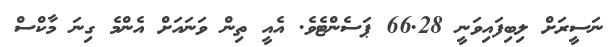
ނަސީރަށް ލިބިފައިވަނީ 66.28 ޕަސެންޓެވެ. އެއީ ތިން ވަނައަށް އެންމެ ގިނަ މާކްސް